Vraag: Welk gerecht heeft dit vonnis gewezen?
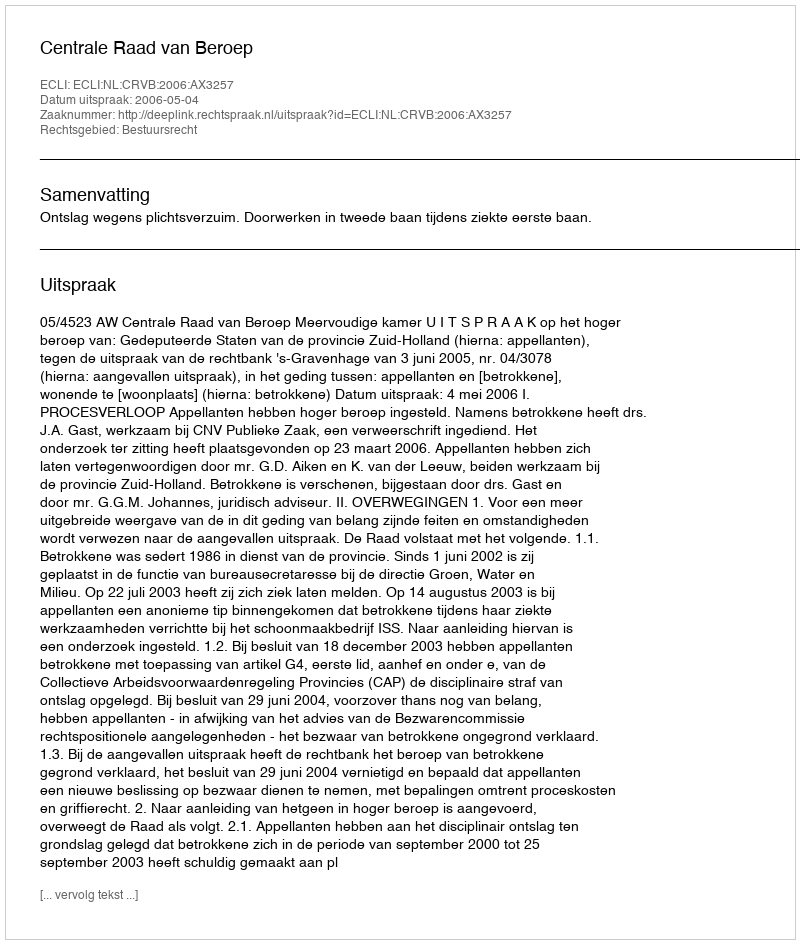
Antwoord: Centrale Raad van Beroep